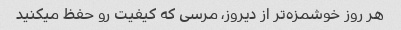
هر روز خوشمزه‌تر از دیروز، مرسی که کیفیت رو حفظ میکنید